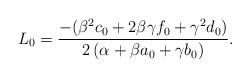
LaTeX: \begin{align*} {L}_0=\frac{-(\beta^2 c_0+2\beta\gamma f_0+\gamma^2 d_0)}{2\,(\alpha+\beta a_0+\gamma b_0)}.\end{align*}